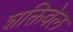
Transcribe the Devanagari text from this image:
शक्तिवेल